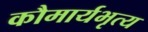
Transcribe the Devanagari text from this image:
कौमार्यभृत्य